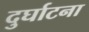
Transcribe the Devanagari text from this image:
दुर्घाटना